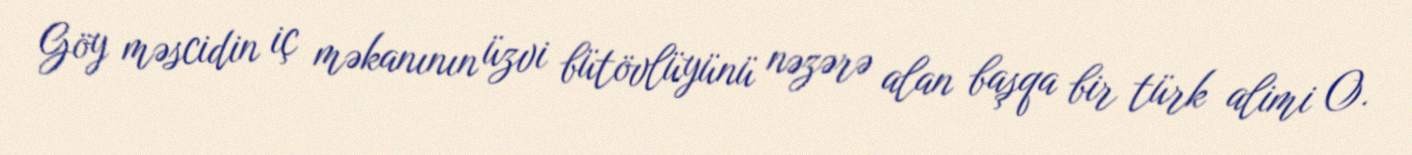
Göy məscidin iç məkanının üzvi bütövlüyünü nəzərə alan başqa bir türk alimi O.